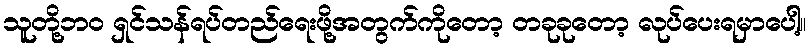
သူတို့ဘဝ ရှင်သန်ရပ်တည်ရေးဖို့အတွက်ကိုတော့ တခုခုတော့ လုပ်ပေးရမှာပေါ့။